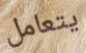
يتعامل